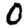
Digit: 0